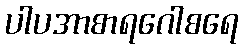
ပါပအာစာရဂေါစရေ